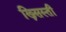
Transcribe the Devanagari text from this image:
ख्र्सिस्ती